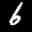
Label: 6